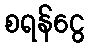
စရန်ငွေ